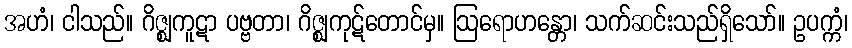
အဟံ၊ ငါသည်။ ဂိဇ္ဈကူဋာ ပဗ္ဗတာ၊ ဂိဇ္ဈကုဋ်တောင်မှ။ ဩရောဟန္တော၊ သက်ဆင်းသည်ရှိသော်။ ဥပက္ကံ၊